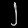
Digit: ၂